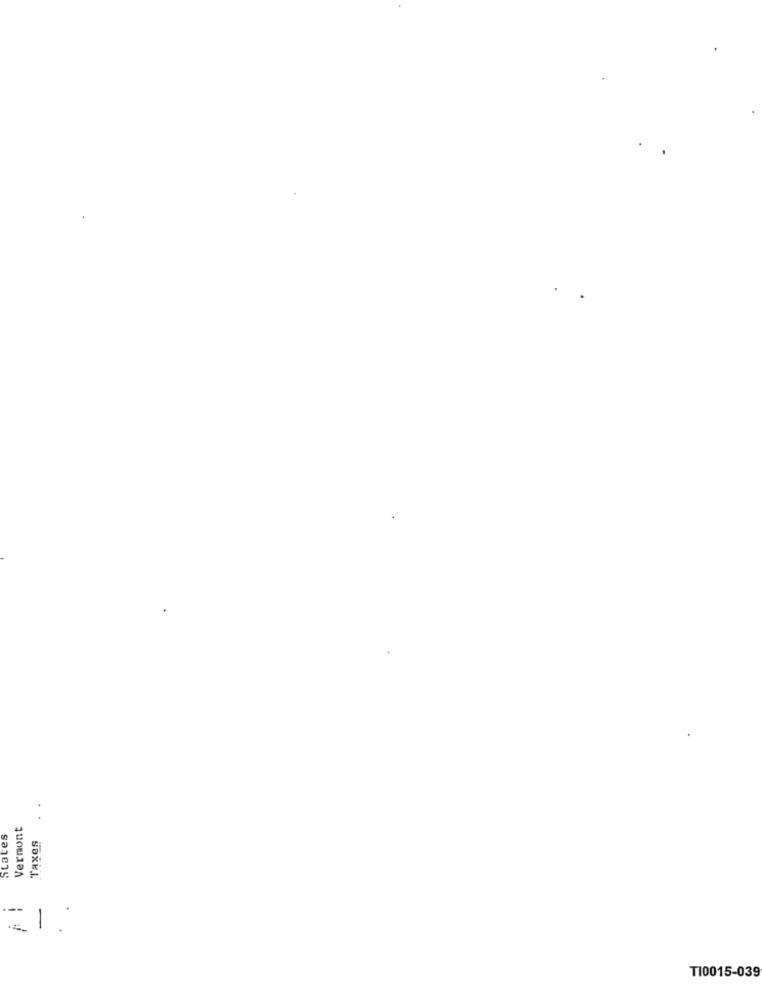
Vermont
States
.--
-
T10015-039